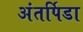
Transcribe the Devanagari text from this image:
अंतर्पिडा